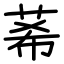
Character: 莃